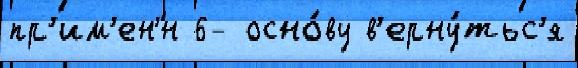
пр'им'ен'́н 6- осно́ву в'ерну́тьс'я